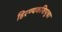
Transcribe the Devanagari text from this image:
हिरण्यकशिपूचा